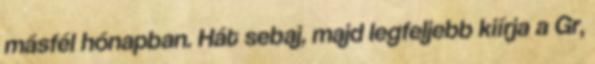
másfél hónapban. Hát sebaj, majd legfeljebb kiírja a Gr,